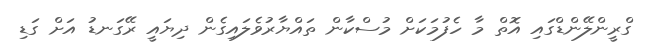
ގްރީންލޭންޑްގައި އޮތް މާ ހެފުމަކަށް މުސްކާން ތައްޔާރުވެލައިގެން ދިޔައީ ރޭގަނޑު އަށް ގަޑި